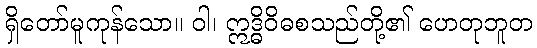
ရှိတော်မူကုန်သော။ ဝါ၊ ဣဒ္ဓိဝိဓစသည်တို့၏ ဟေတုဘူတ